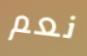
نعم